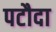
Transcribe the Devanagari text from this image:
पटौदा